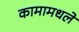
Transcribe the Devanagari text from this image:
कामामधले